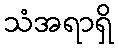
သံအရာရှိ